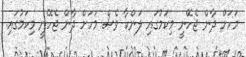
މަހަށް ދާން ޖެހޭނީ މިކަމުގައި ލަންކާ ވެސް މަހަށް ދާން ޖެހޭނީ މިކަމުގައި.